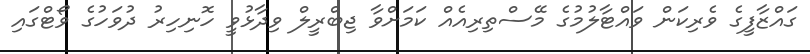
ގައްޒާފީގެ ވެރިކަން ވައްޓާލުމުގެ މޭސްތިރިއެއް ކަމަށްވާ ޖިބްރީލް ވިދާޅުވީ ހޮނިހިރު ދުވަހުގެ ވޯޓްގައި